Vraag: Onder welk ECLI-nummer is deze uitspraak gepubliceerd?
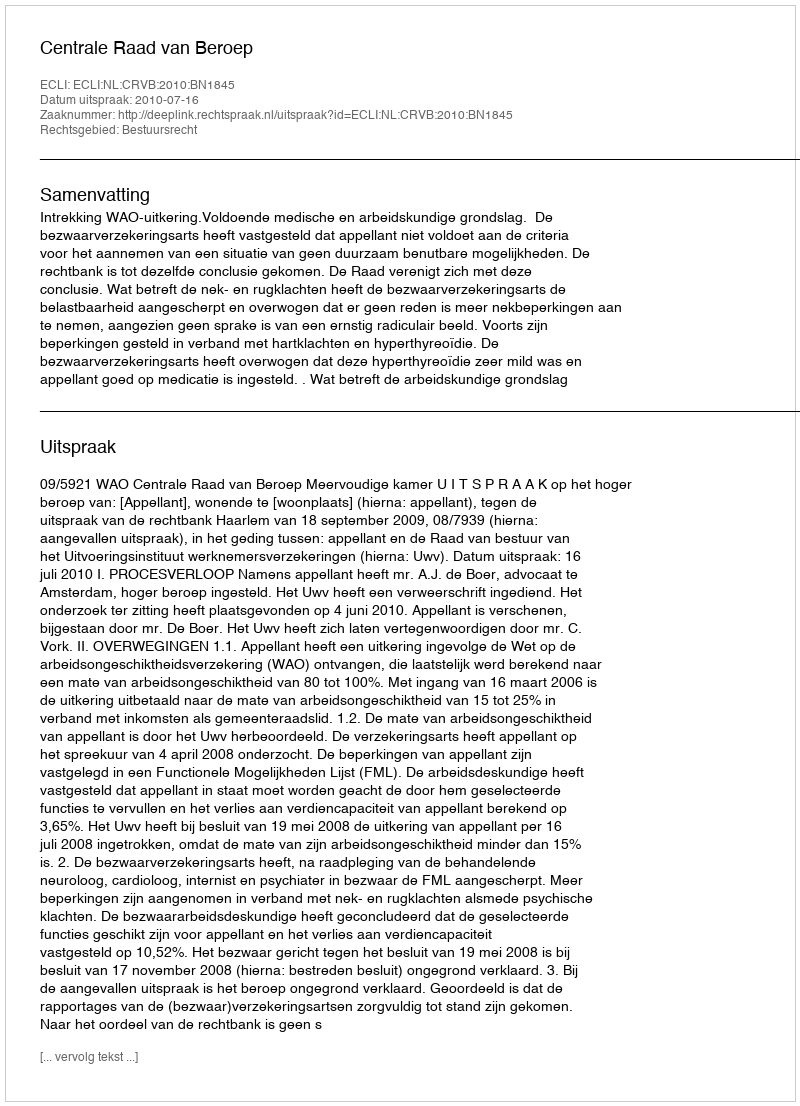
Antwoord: ECLI:NL:CRVB:2010:BN1845